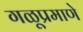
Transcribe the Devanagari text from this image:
गळूप्रमाणे